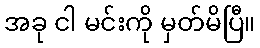
အခု ငါ မင်းကို မှတ်မိပြီ။